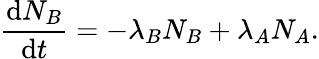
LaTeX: {\frac{\mathrm{d}N_{B}}{\mathrm{d}t}}=-\lambda_{B}N_{B}+\lambda_{A}N_{A}.